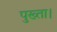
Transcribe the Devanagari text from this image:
पुख्ता।